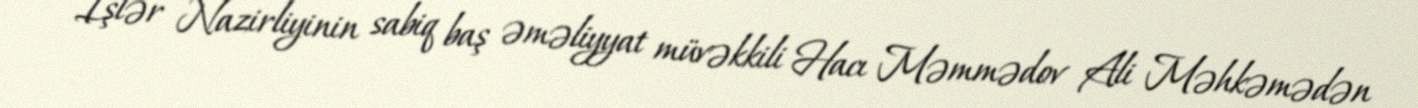
İşlər Nazirliyinin sabiq baş əməliyyat müvəkkili Hacı Məmmədov Ali Məhkəmədən